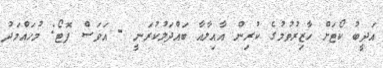
އަދީބު ކޯޓަށް ހާޒިރުވުމުގެ ކުރިން އާއިލާއާ ބައްދަލުކުރަނީ - އަވަސް ފޮޓޯ: މުހައްމަދު